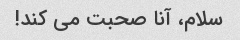
سلام، آنا صحبت می کند!